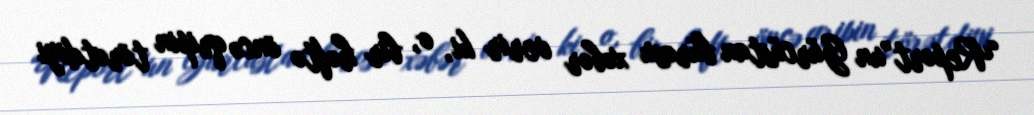
“Report”un Gürcüstan bürosu xəbər verir ki, o, bir həftə öncə qripin törətdiyi